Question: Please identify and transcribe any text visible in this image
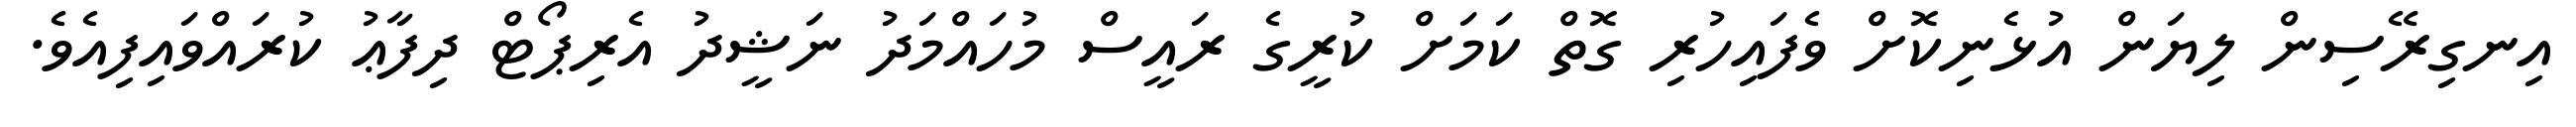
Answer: އިނގިރޭސިން ލިޔަން އުޅެނިކޮށް ވެފައިހުރި ގޮތް ކަމަށް ކުރީގެ ރައީސް މުހައްމަދު ނަޝީދު އެރިޕޯޓް ދިފާޢު ކުރައްވައިފިއެވެ.